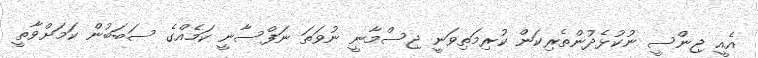
އެއީ ޖިންސީ ނުކުޅެދުންތެރިކަން ކުރިމަތިވަނީ ޖިސްމާނީ ނުވަތަ ނަފްސާނީ ކަމެއްގެ ސަބަބުން ކަމަށްވާތީ